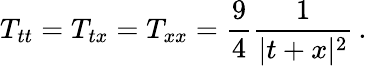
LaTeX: T_{tt}=T_{tx}=T_{xx}=\frac{9}{4}\frac{1}{\vert t+x\vert^{2}}\, .